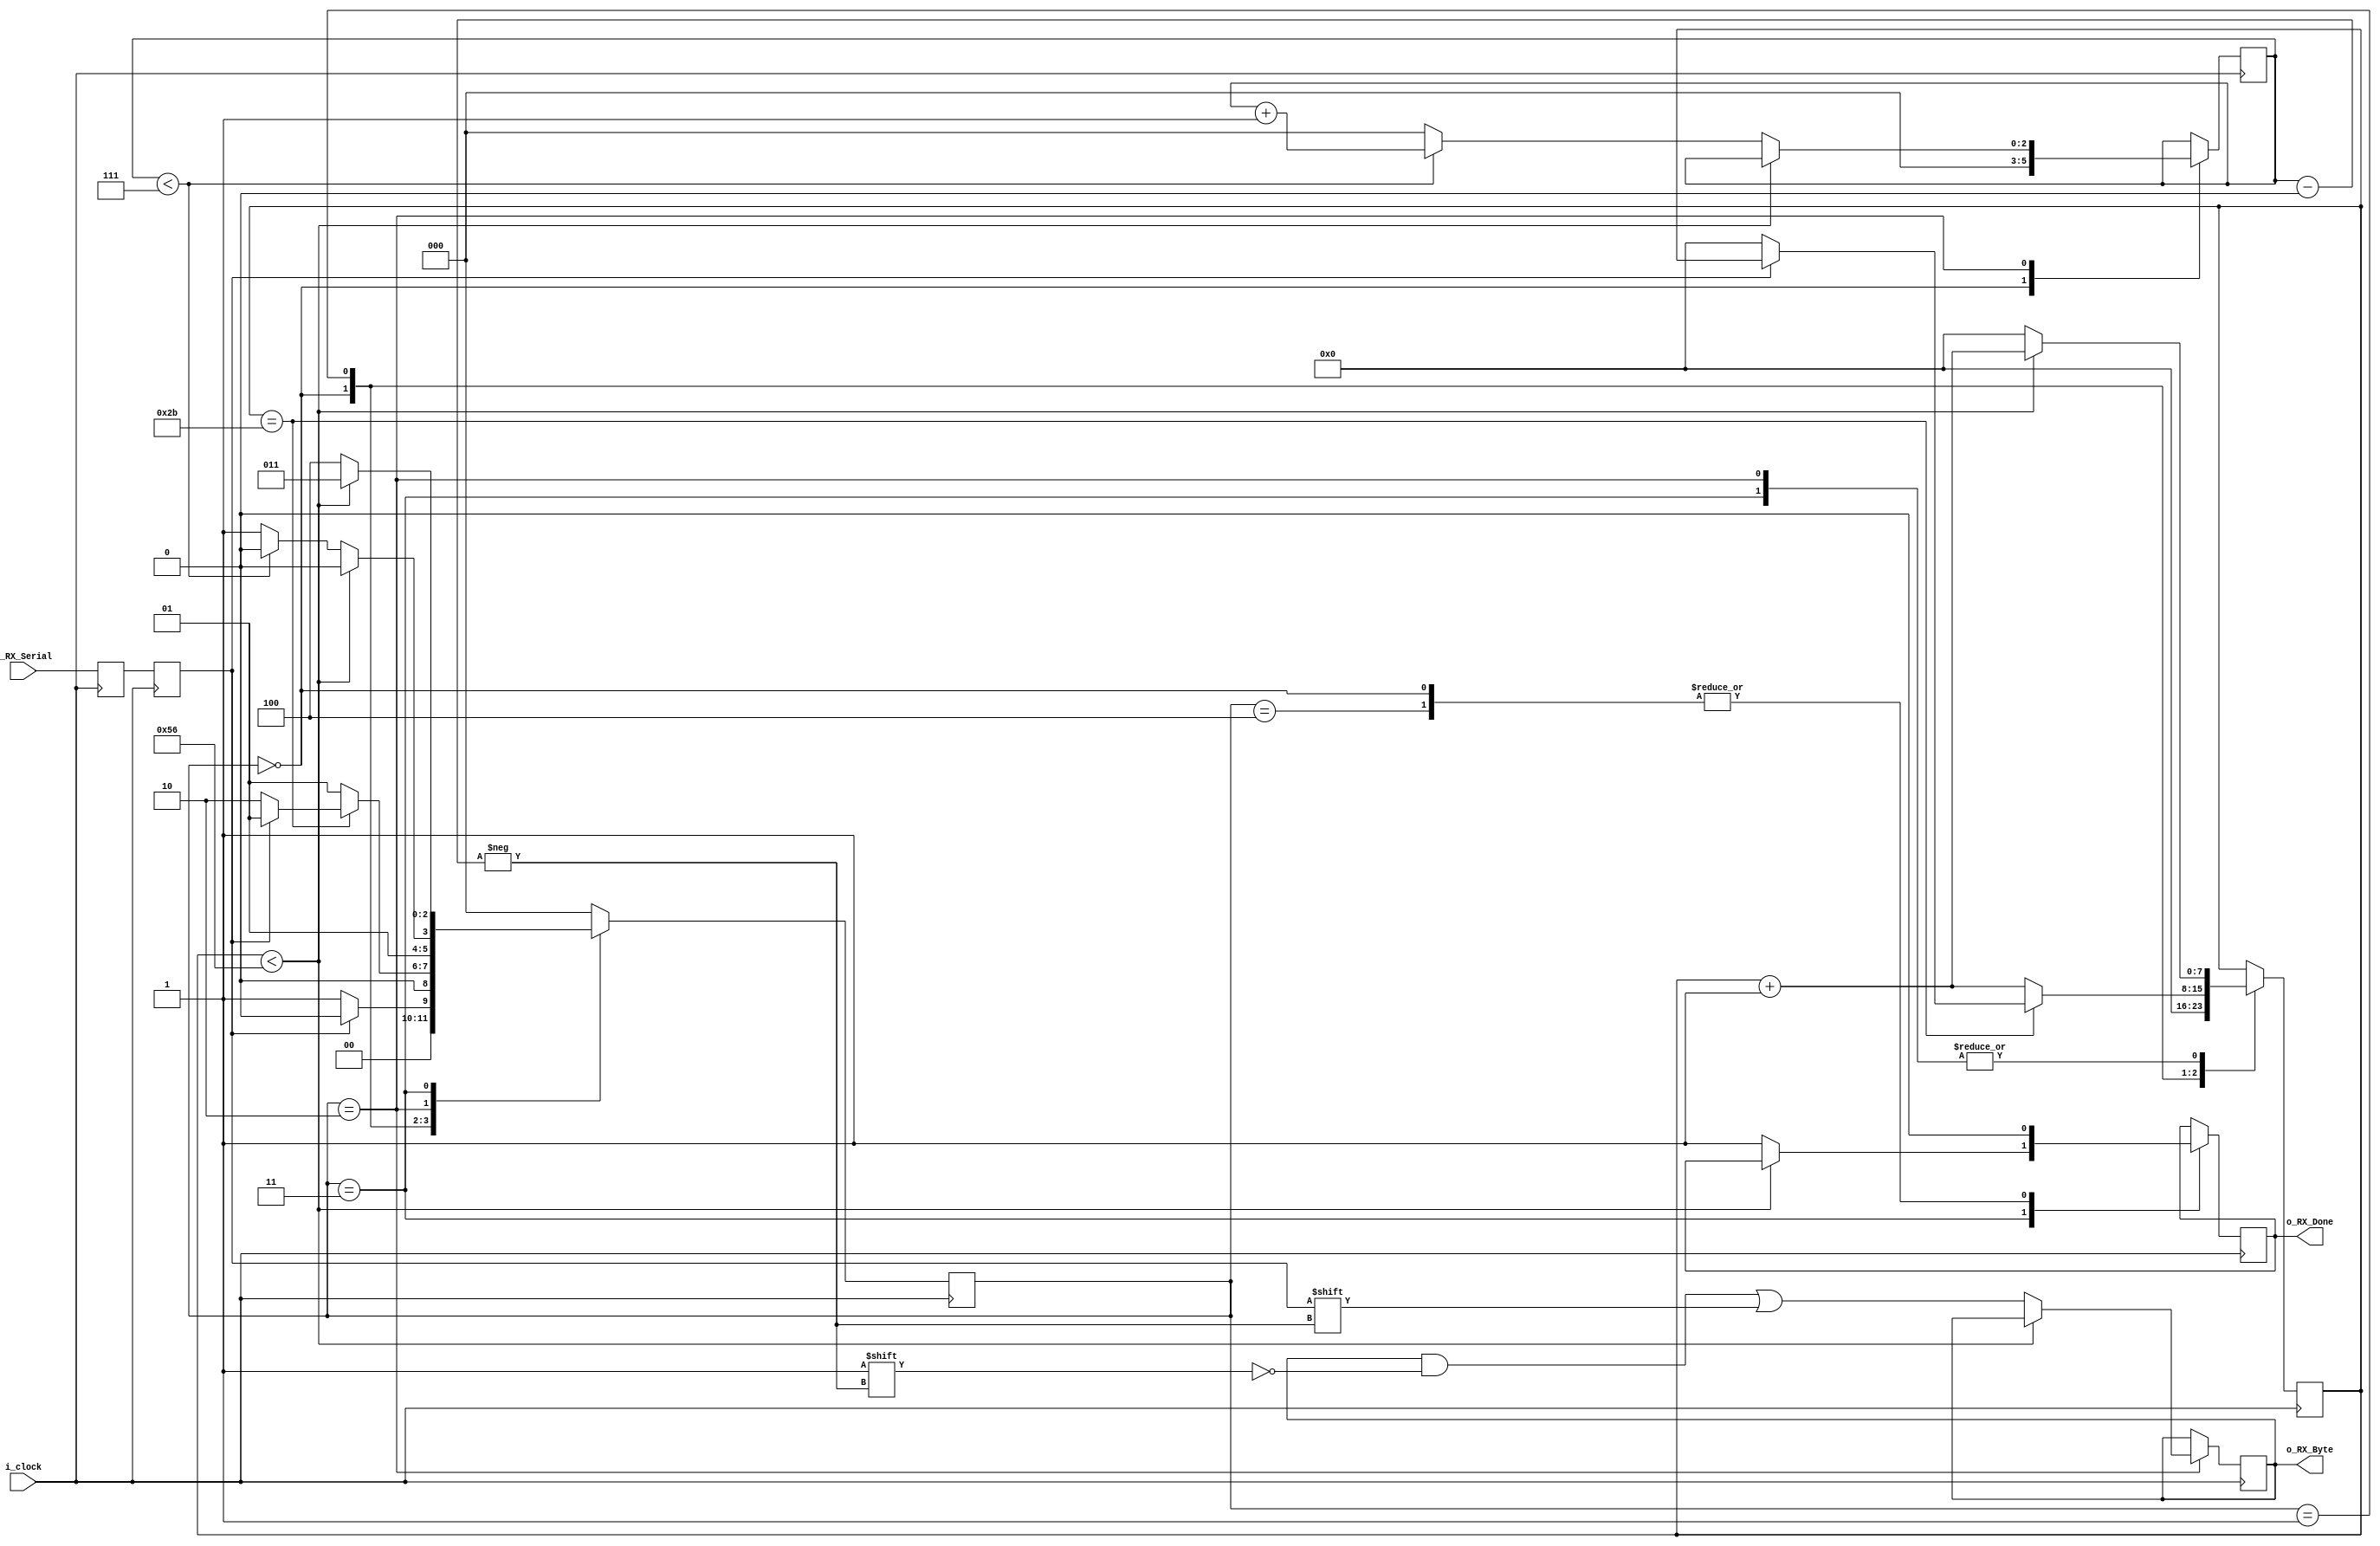
//This file containts the UART Receiver Block. It is able to receive one start bit, eight bit of serial data, one stop bit and no parity bit. When the receive is complete, o_RX_Done will be driven high for one clock cycle


//set parameter CLKS_PER_BIT as follows
//CLK_PER_BIT = (Frequency of i_clock) / (Frequency of UART)
//Example : 10 MHz clock, 115200 baud rate
// (10000000 / 115200) = 87

module UART_Receiver #(parameter CLKS_PER_BIT = 87) (
  input i_clock, //System clock
  input i_RX_Serial, //Serial bit data input
  output [7:0] o_RX_Byte, // Output data 
  output o_RX_Done // Output signal : asserts high when the recieve is complete
);
  
  parameter S_IDLE = 3'b000;
  parameter S_RX_START_BIT = 3'b001;
  parameter S_RX_DATA_BITS = 3'b010;
  parameter S_RX_STOP_BIT = 3'b011;
  parameter S_CLEANUP = 3'b100;
  
  //Initialising values to all the internal registers as there is no reset
  reg r_RX_Data1 = 1; //for flipflop synchronizer
  reg r_RX_Data = 1; //for flipflop synchronizer
  
  reg [2:0] r_SM_main = 0; //register to store values for the state machine logic
  reg [7:0] r_clock_count = 0; //Counter to validate the CLKS_PER_BIT
  reg [2:0] r_bit_index = 0; //Counter for the bit indexes - 8 bits in total
  reg [7:0] r_RX_Byte = 0; //Internal register to handle the output data : o_RX_Byte
  reg r_RX_Done; //Internal signal for output - indicates the completion of data transfer
  
  
  //Purpose : Double-register for the incoming data : similar to 2 flipflop sync
  always @(posedge i_clock)
    begin
      r_RX_Data1 <= i_RX_Serial;
      r_RX_Data <= r_RX_Data1;
    end
  
  
  //State Machine Logic
  
  always @(posedge i_clock)
    begin
      case(r_SM_main)
        
        //IDLE STATE
        S_IDLE :
          begin
            r_RX_Done <= 0;
            r_clock_count <= 0;
            r_bit_index <= 0;
            
            if(r_RX_Data == 0) //Start bit detected
              r_SM_main <= S_RX_START_BIT;
            else
              r_SM_main <= S_IDLE;
          end
        
        
        //check middle of the bit to make sure if it is still low
        //START BIT
        S_RX_START_BIT :
          begin
            if(r_clock_count == (CLKS_PER_BIT - 1) / 2)
              begin
                if(r_RX_Data == 0)
                  begin
                    r_clock_count <= 0; //reset counter, found the middle
                    r_SM_main <= S_RX_DATA_BITS;
                  end
                else
                  r_SM_main <= S_RX_START_BIT;
              end
            else
              begin
                r_clock_count <= r_clock_count + 1; 
                r_SM_main <= S_RX_START_BIT;
              end
          end
        
        
        //wait CLKS_PER_BIT - 1 clock cycles to sample serial data
        //DATA BITS
        S_RX_DATA_BITS :
          begin
            if(r_clock_count < CLKS_PER_BIT - 1)
              begin
                r_clock_count <= r_clock_count + 1;
                r_SM_main <= S_RX_DATA_BITS;
              end
            else
              begin
                r_clock_count <= 0;
                r_RX_Byte[r_bit_index] <= r_RX_Data;
                
                //check if we have received all bits
                if(r_bit_index < 7)
                  begin
                    r_bit_index <= r_bit_index + 1;
                    r_SM_main <= S_RX_DATA_BITS;
                  end
                else
                  begin
                    r_bit_index <= 0;
                    r_SM_main <= S_RX_STOP_BIT;
                  end
              end
          end
        
        
        //receive stop bit = 1
        //STOP BIT
        S_RX_STOP_BIT :
          begin
            //wait CLKS_PER_BIT - 1 clock cycles for stop bit to finish
            if(r_clock_count < CLKS_PER_BIT - 1)
              begin
                r_clock_count <= r_clock_count + 1;
                r_SM_main <= S_RX_STOP_BIT;
              end
            else
              begin
                r_RX_Done <= 1;
                r_clock_count <= 0;
                r_SM_main <= S_CLEANUP;
              end
          end
        
        //Stay here for one clock
        S_CLEANUP :
          begin
            r_SM_main <= S_IDLE;
            r_RX_Done <= 0;
          end
        
        default :
          r_SM_main <= S_IDLE;
        
      endcase
    end
  
  assign o_RX_Done = r_RX_Done;
  assign o_RX_Byte = r_RX_Byte;

endmodule